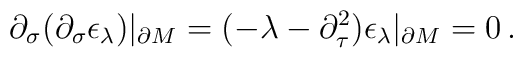
\partial_\sigma (\partial_\sigma \epsilon_\lambda )\vert_{\partial M}=(-\lambda -\partial_\tau^2 ) \epsilon_\lambda \vert_{\partial M}=0\,.